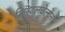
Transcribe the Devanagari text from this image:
क्रिस्टलवेल्टेन